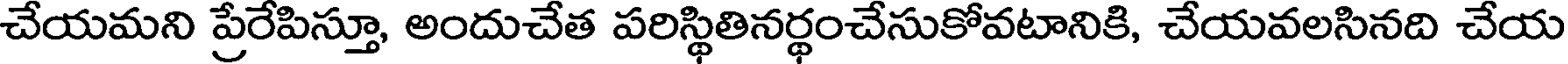
చేయమని ప్రేరేపిస్తూ, అందుచేత పరిస్థితినర్థంచేసుకోవటానికి, చేయవలసినది చేయ